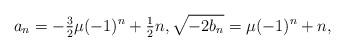
LaTeX: \begin{align*}a_n = - \tfrac{3}{2}\mu(-1)^n + \tfrac{1}{2}n,\sqrt{-2b_n} = \mu(-1)^n + n,\\\end{align*}